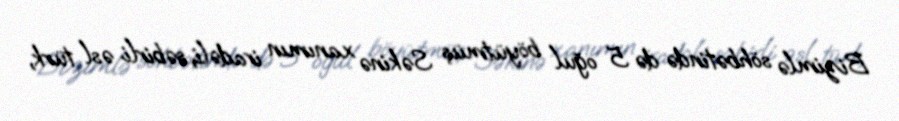
Bizimlə söhbətində də 5 oğul böyütmüş Səkinə xanımın iradəli, səbirli əsl türk,